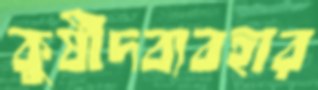
কুষীদব্যবহার